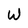
Character: W